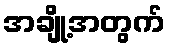
အချို့အတွက်